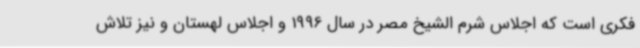
فکری است که اجلاس شرم الشیخ مصر در سال 1996 و اجلاس لهستان و نیز تلاش